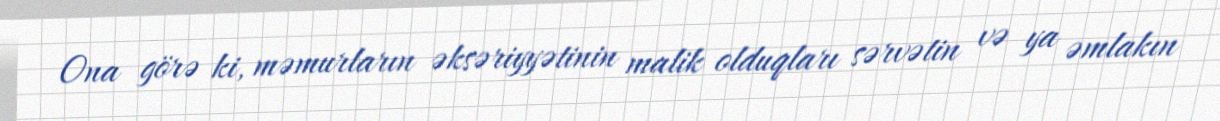
Ona görə ki, məmurların əksəriyyətinin malik olduqları sərvətin və ya əmlakın